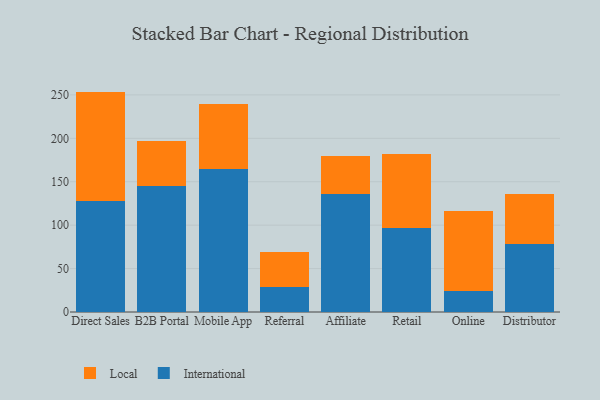
{"axis": {"x": "Channel", "y": "Production Output"}, "legend": ["International", "Local"], "data": [{"x": "Direct Sales", "y": 127.5, "type": "International"}, {"x": "Direct Sales", "y": 126.3, "type": "Local"}, {"x": "B2B Portal", "y": 145.2, "type": "International"}, {"x": "B2B Portal", "y": 51.6, "type": "Local"}, {"x": "Mobile App", "y": 164.3, "type": "International"}, {"x": "Mobile App", "y": 75.4, "type": "Local"}, {"x": "Referral", "y": 28.8, "type": "International"}, {"x": "Referral", "y": 39.8, "type": "Local"}, {"x": "Affiliate", "y": 136.0, "type": "International"}, {"x": "Affiliate", "y": 43.3, "type": "Local"}, {"x": "Retail", "y": 97.3, "type": "International"}, {"x": "Retail", "y": 84.9, "type": "Local"}, {"x": "Online", "y": 24.0, "type": "International"}, {"x": "Online", "y": 92.2, "type": "Local"}, {"x": "Distributor", "y": 78.6, "type": "International"}, {"x": "Distributor", "y": 57.1, "type": "Local"}]}